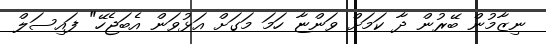
ނިޒާމުން ބޭރުން ދާ ކަމަށް ވަންޏާ ހަމަ މަގަށް އަޅުވަން އެބަޖެހޭ" ފައިސަލް